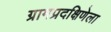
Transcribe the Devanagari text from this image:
ग्रामप्रदक्षिणेला